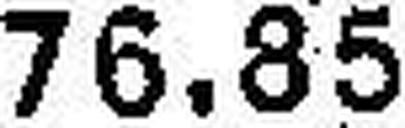
76.85